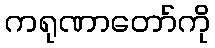
ကရုဏာတော်ကို